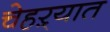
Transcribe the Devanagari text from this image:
चेहऱ्यात